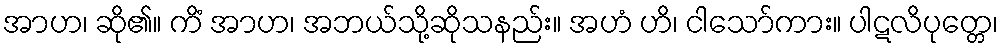
အာဟ၊ ဆို၏။ ကိံ အာဟ၊ အဘယ်သို့ဆိုသနည်း။ အဟံ ဟိ၊ ငါသော်ကား။ ပါဋလိပုတ္တေ၊